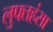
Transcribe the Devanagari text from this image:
लुफ्तहंसा